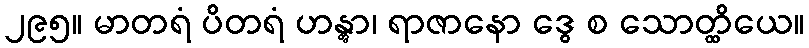
၂၉၅။ မာတရံ ပိတရံ ဟန္တွာ၊ ရာဇာနော ဒွေ စ သောတ္ထိယေ။